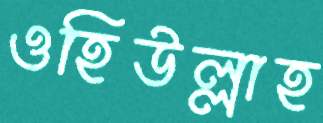
ওহিউল্লাহ